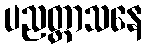
ပညတ္တာသနေ